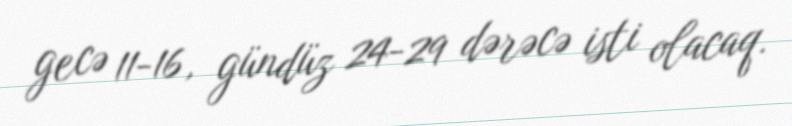
gecə 11-16, gündüz 24-29 dərəcə isti olacaq.